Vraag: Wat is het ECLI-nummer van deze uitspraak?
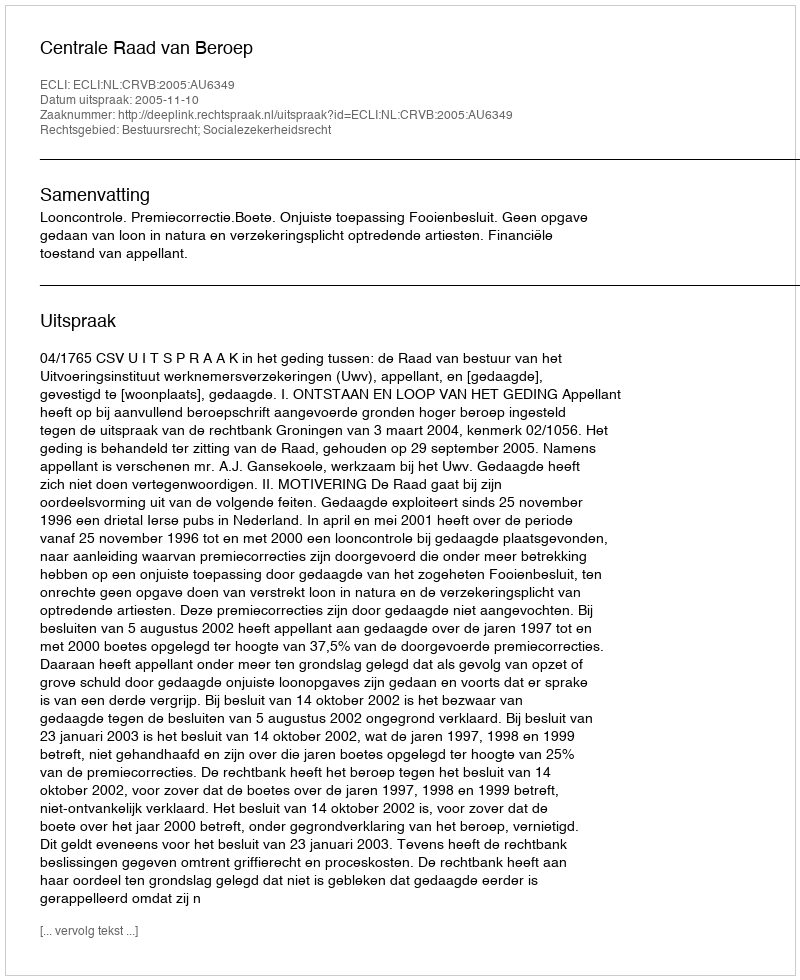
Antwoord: ECLI:NL:CRVB:2005:AU6349